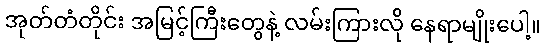
အုတ်တံတိုင်း အမြင့်ကြီးတွေနဲ့ လမ်းကြားလို နေရာမျိုးပေါ့။